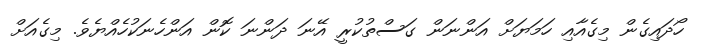
ހޯދައިގެން މިގެއާއި ހަމަޔަށް އަންނަން ގަސްތުކުރީ އޭނަ ދަންނަ ކޮން އަންހެނަކުހެއްޔެވެ. މިގެއަށް